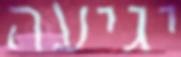
יגיעה